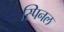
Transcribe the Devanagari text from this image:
स्पिनल